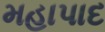
મહાપાદ